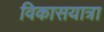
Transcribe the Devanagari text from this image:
विकासयात्रा